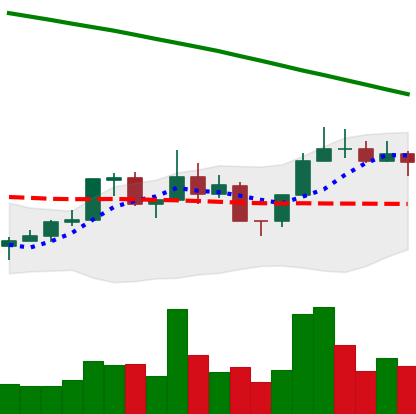
Ticker: NEO-USD
Chart end date: 2022-08-02
Forward return: 4.483%
Label: up_3_5